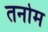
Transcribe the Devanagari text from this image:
तनोम